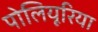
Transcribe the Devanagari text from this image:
पोलियूरिया